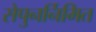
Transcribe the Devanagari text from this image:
सेपुनर्निमित